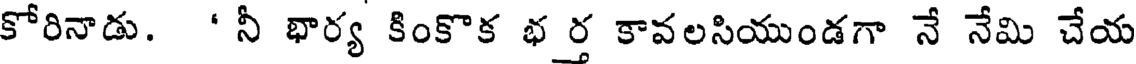
కోరినాడు. ' నీ భార్య కింకొక భర్త కావలసియుండగా నే నేమి చేయ